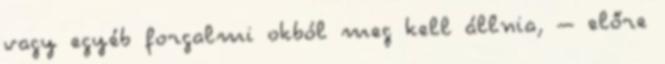
vagy egyéb forgalmi okból meg kell állnia, – előre